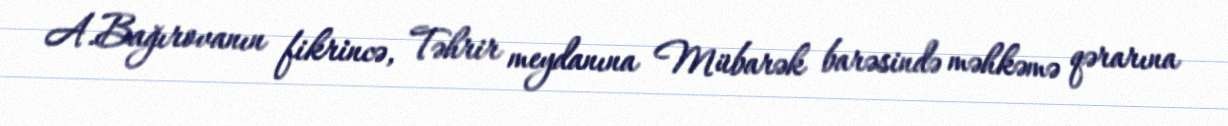
A.Bağırovanın fikrincə, Təhrir meydanına Mübarək barəsində məhkəmə qərarına